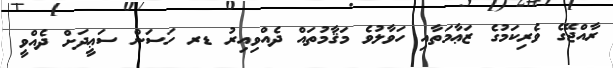
ރާއްޖޭގެ ވެރިކަމުގެ ޒަޢާމަތާއި ހަވާލުވެ މަޤާމުތައް ދެއްވިއިރު ޑރ ހަސަން ސަޢީދަށް ދެއްވީ